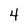
Character: 4